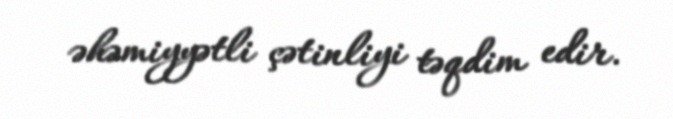
əhəmiyyətli çətinliyi təqdim edir.